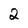
Character: 2